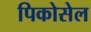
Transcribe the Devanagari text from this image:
पिकोसेल